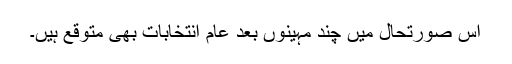
اس صورتحال میں چند مہینوں بعد عام انتخابات بھی متوقع ہیں۔